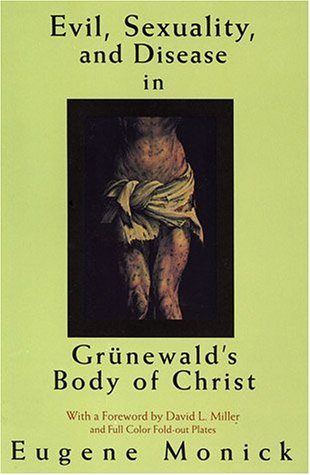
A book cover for Evil, Sex,  and Disease in Grunewald's Body of Christ; Eugene Monick; Religion & Spirituality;